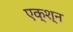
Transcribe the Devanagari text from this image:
एक्श्‍न